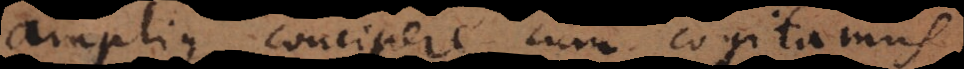
amplius concipere cum cogitamus